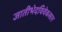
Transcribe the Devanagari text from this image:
जातीभेदविवेकसार